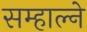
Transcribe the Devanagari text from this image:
सम्हाल्ने